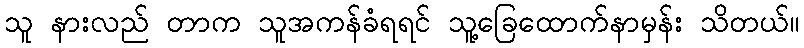
သူ နားလည် တာက သူအကန်ခံရရင် သူ့ခြေထောက်နာမှန်း သိတယ်။